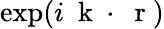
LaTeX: \exp(i\mathrm{~\mathbf~k~}\cdot\mathrm{~\mathbf~r~})